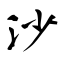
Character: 沙